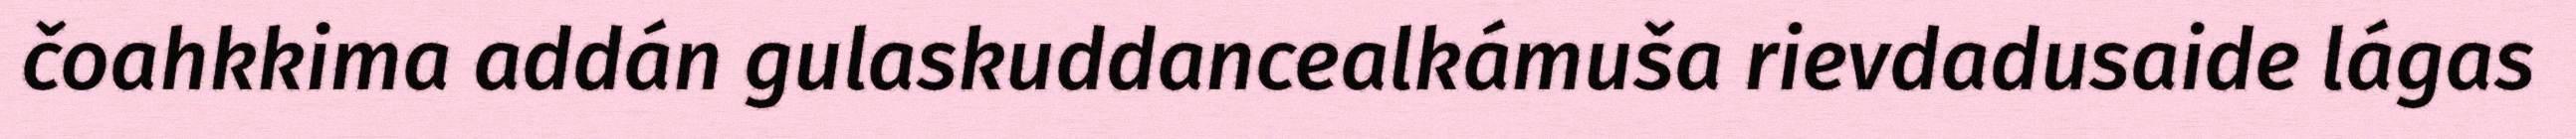
čoahkkima addán gulaskuddancealkámuša rievdadusaide lágas